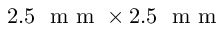
2 . 5 ~ \textrm { m m } \times 2 . 5 ~ \textrm { m m }